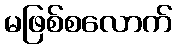
မဖြစ်စလောက်